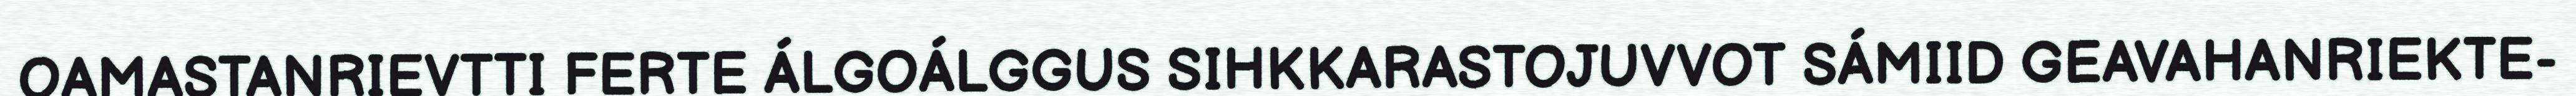
OAMASTANRIEVTTI FERTE ÁLGOÁLGGUS SIHKKARASTOJUVVOT SÁMIID GEAVAHANRIEKTE-